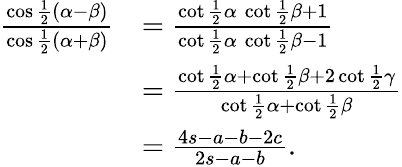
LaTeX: {\begin{array}{rl}{{\frac{\cos{\frac{1}{2}}(\alpha-\beta)}{\cos{\frac{1}{2}}(\alpha+\beta)}}}&{={\frac{\cot{\frac{1}{2}}\alpha\, \cot{\frac{1}{2}}\beta+1}{\cot{\frac{1}{2}}\alpha\, \cot{\frac{1}{2}}\beta-1}}}\\ &{={\frac{\cot{\frac{1}{2}}\alpha+\cot{\frac{1}{2}}\beta+2\cot{\frac{1}{2}}\gamma}{\cot{\frac{1}{2}}\alpha+\cot{\frac{1}{2}}\beta}}}\\ &{={\frac{4s-a-b-2c}{2s-a-b}}.}\end{array}}